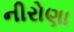
નીરોણા